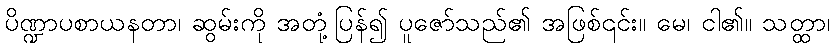
ပိဏ္ဍာပစာယနတာ၊ ဆွမ်းကို အတုံ့ပြန်၍ ပူဇော်သည်၏ အဖြစ်၎င်း။ မေ၊ ငါ၏။ သတ္ထာ၊